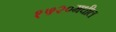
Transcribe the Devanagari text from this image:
१५२०मधील